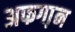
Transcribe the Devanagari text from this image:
अफगा़न